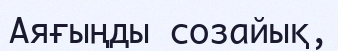
Аяғыңды созайық,